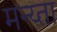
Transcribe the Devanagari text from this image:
मन्य्ता